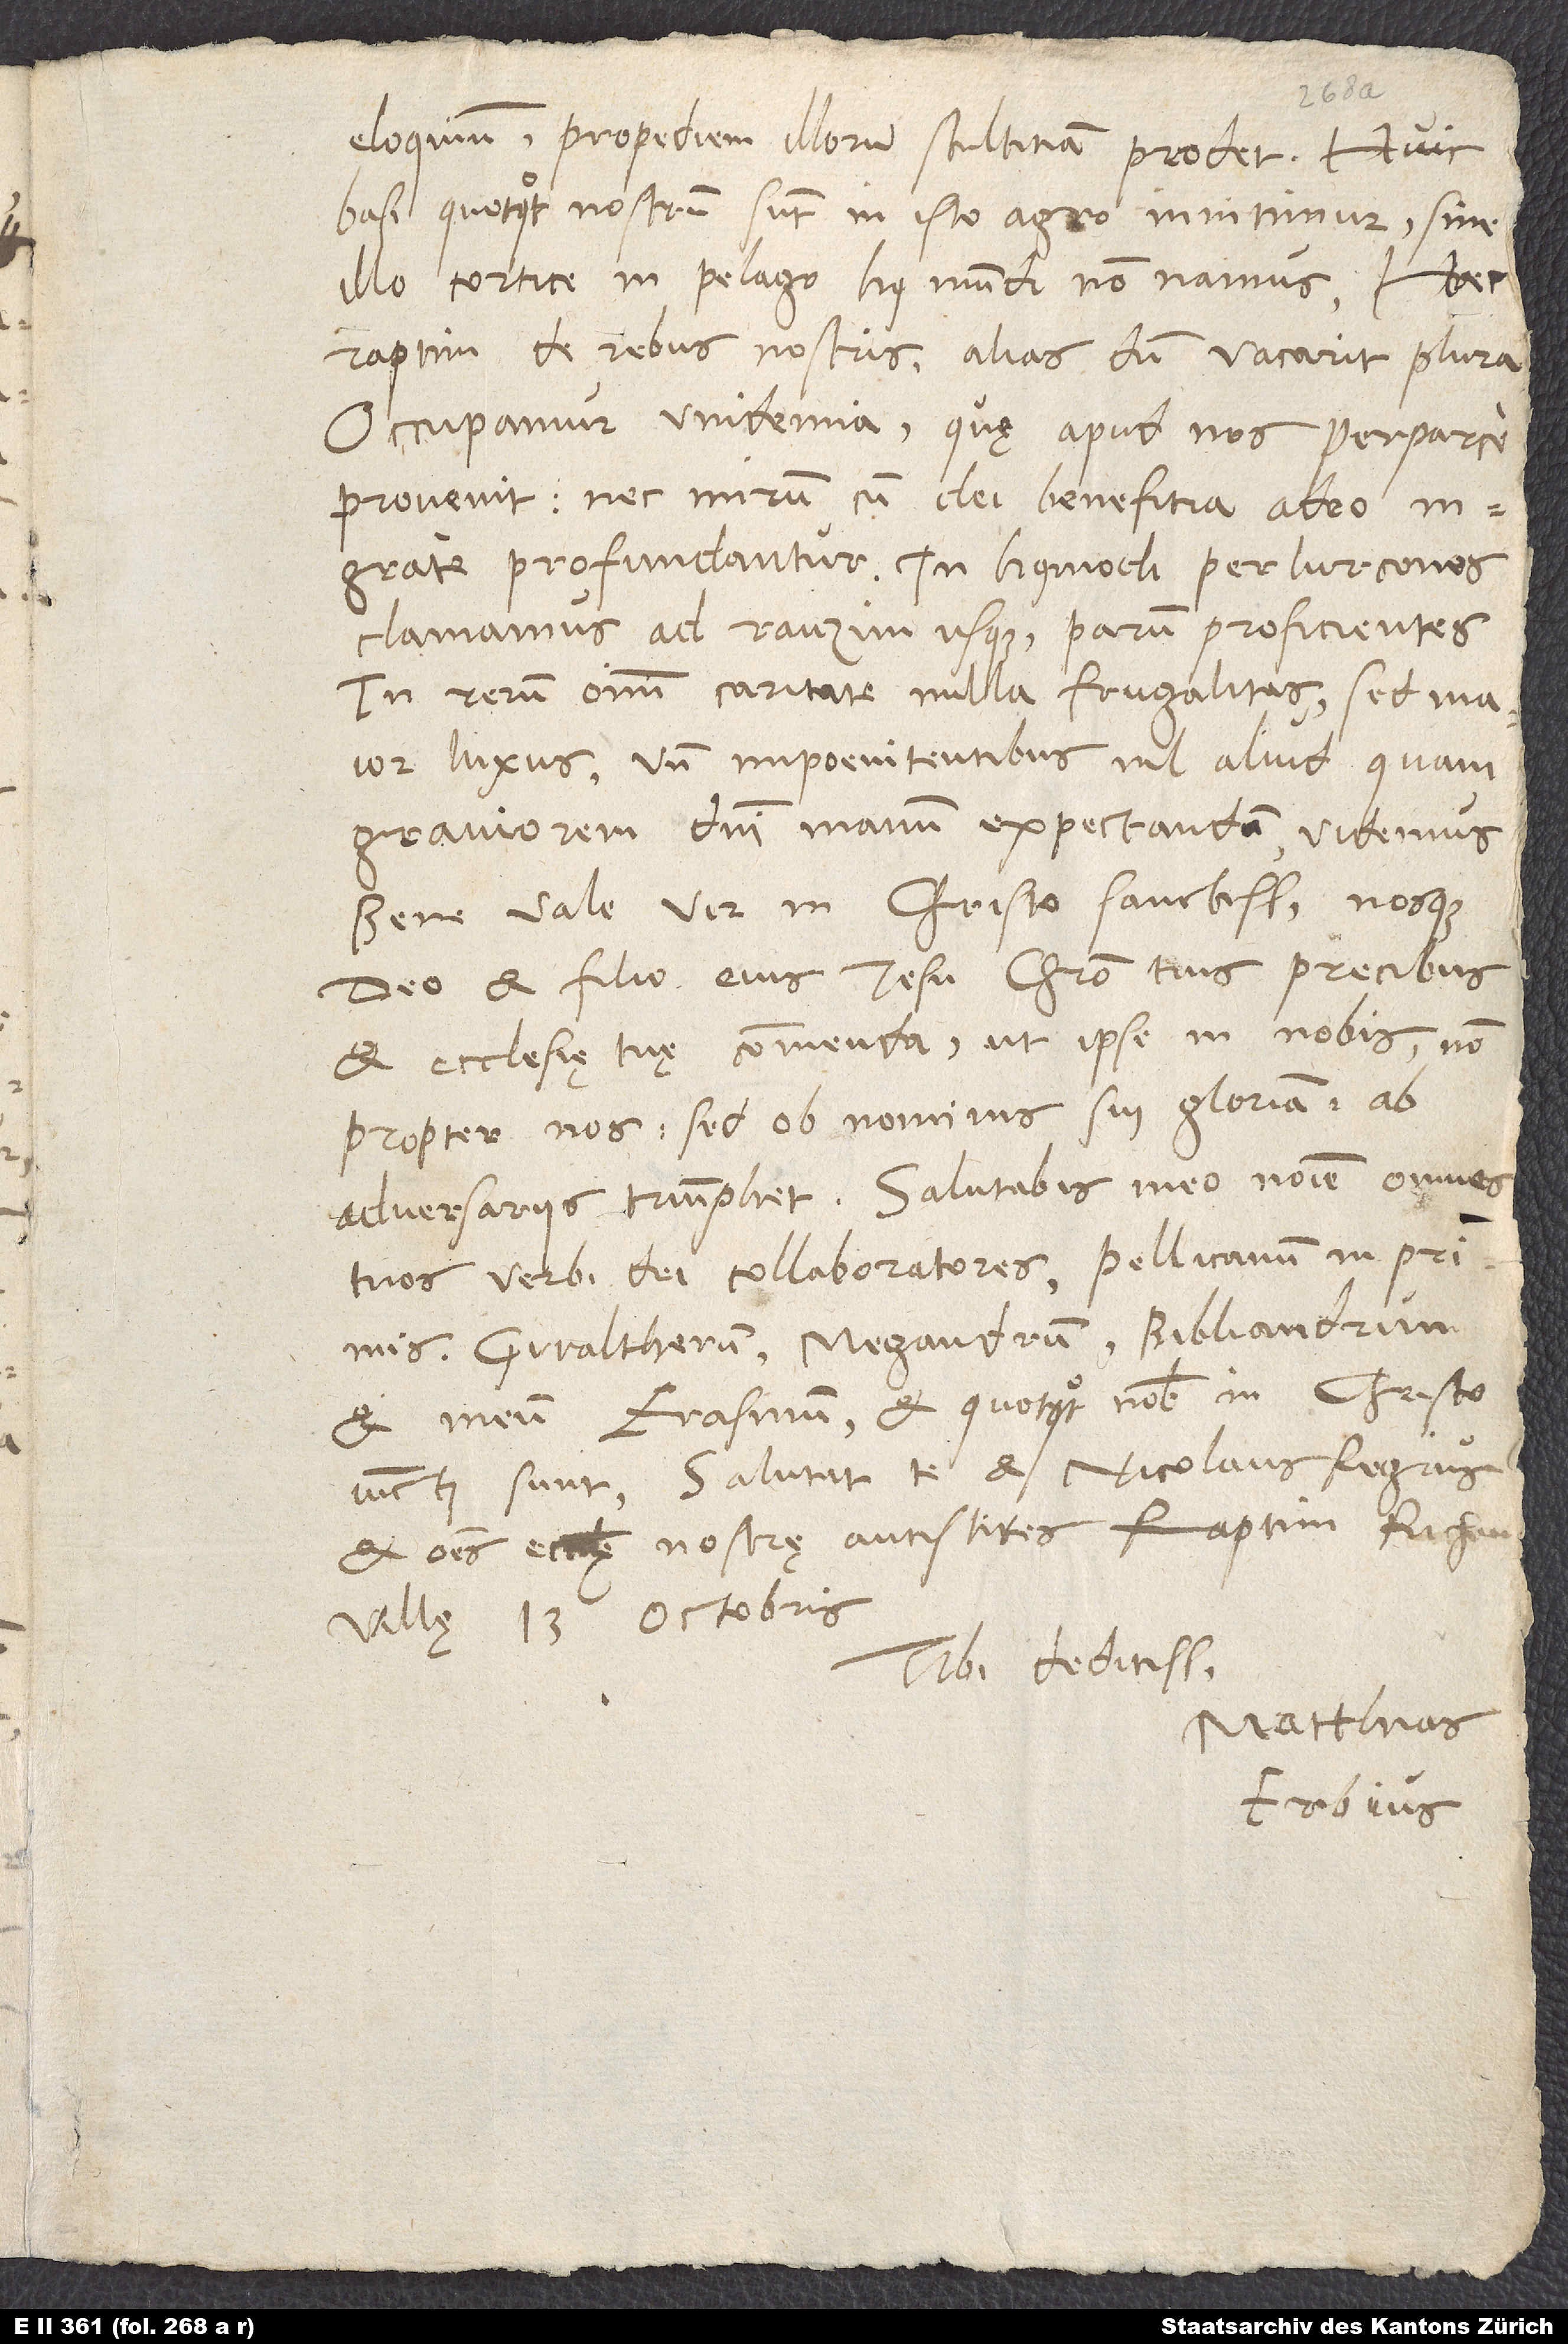
eloquium propediem illorum stultitiam prodet. Huic
basi, quotquot nostrum sunt in isto agro, innitimur; sine
illo cortice in pelago huius mundi non namus. Haec
raptim de rebus nostris, alias, dum vacarit, plura.
Occupamur vindemia, quę apud nos perparce
provenit; nec mirum, cum dei benefitia adeo
ingrate profundantur. In huiusmodi perlurcones
clamamus ad rauzim usque parum proficientes.
In rerum omnium caritate nulla frugalitas, sed maior
luxus; unde impoenitentibus nil aliud quam
graviorem domini manum expectandam videmus.
Bene vale, vir in Christo sanctissime, nosque
deo et filio eius Iesu Christo tuis precibus
et ecclesię tuę commenda, ut ipse in nobis, non
propter nos, sed ob nominis sui gloriam, ab
adversariis triumphet. Salutabis meo nomine omnes
tuos verbi dei collaboratores, Pellicanum in primis,
Gwaltherum, Megandrum, Bibliandrum
et meum Erasmum, et quotquot nobis in Christo
iuncti sunt. Salutat te et Nicolaus Regius
et omnes ecclesię nostrę antistites. Raptim, Richenvillę,
Tibi deditissimus
Matthias
Erbius.